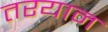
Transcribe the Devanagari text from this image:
तरयान